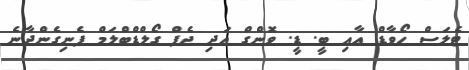
ޓެލަސް ހޯވާޑް އާއި ބީ. ޑީ. ވޮންގް އަދި ޖެފް ގޯލްޑްބްލަމް ފެނިގެންދާނެ